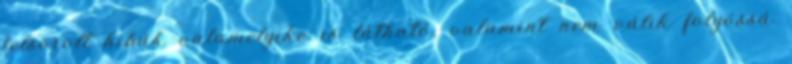
felsorolt hibák valamelyike is látható, valamint nem válik folyóssá